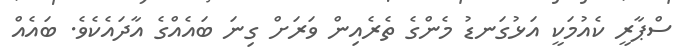
ސްޕާރީ ކެއުމަކީ އަޅުގަނޑު މެންގެ ތެރެއިން ވަރަށް ގިނަ ބައެއްގެ އާދައެކެވެ. ބައެއް